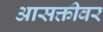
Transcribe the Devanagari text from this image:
आसक्तीवर